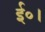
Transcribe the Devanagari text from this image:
ई०।